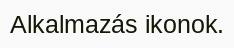
Alkalmazás ikonok.